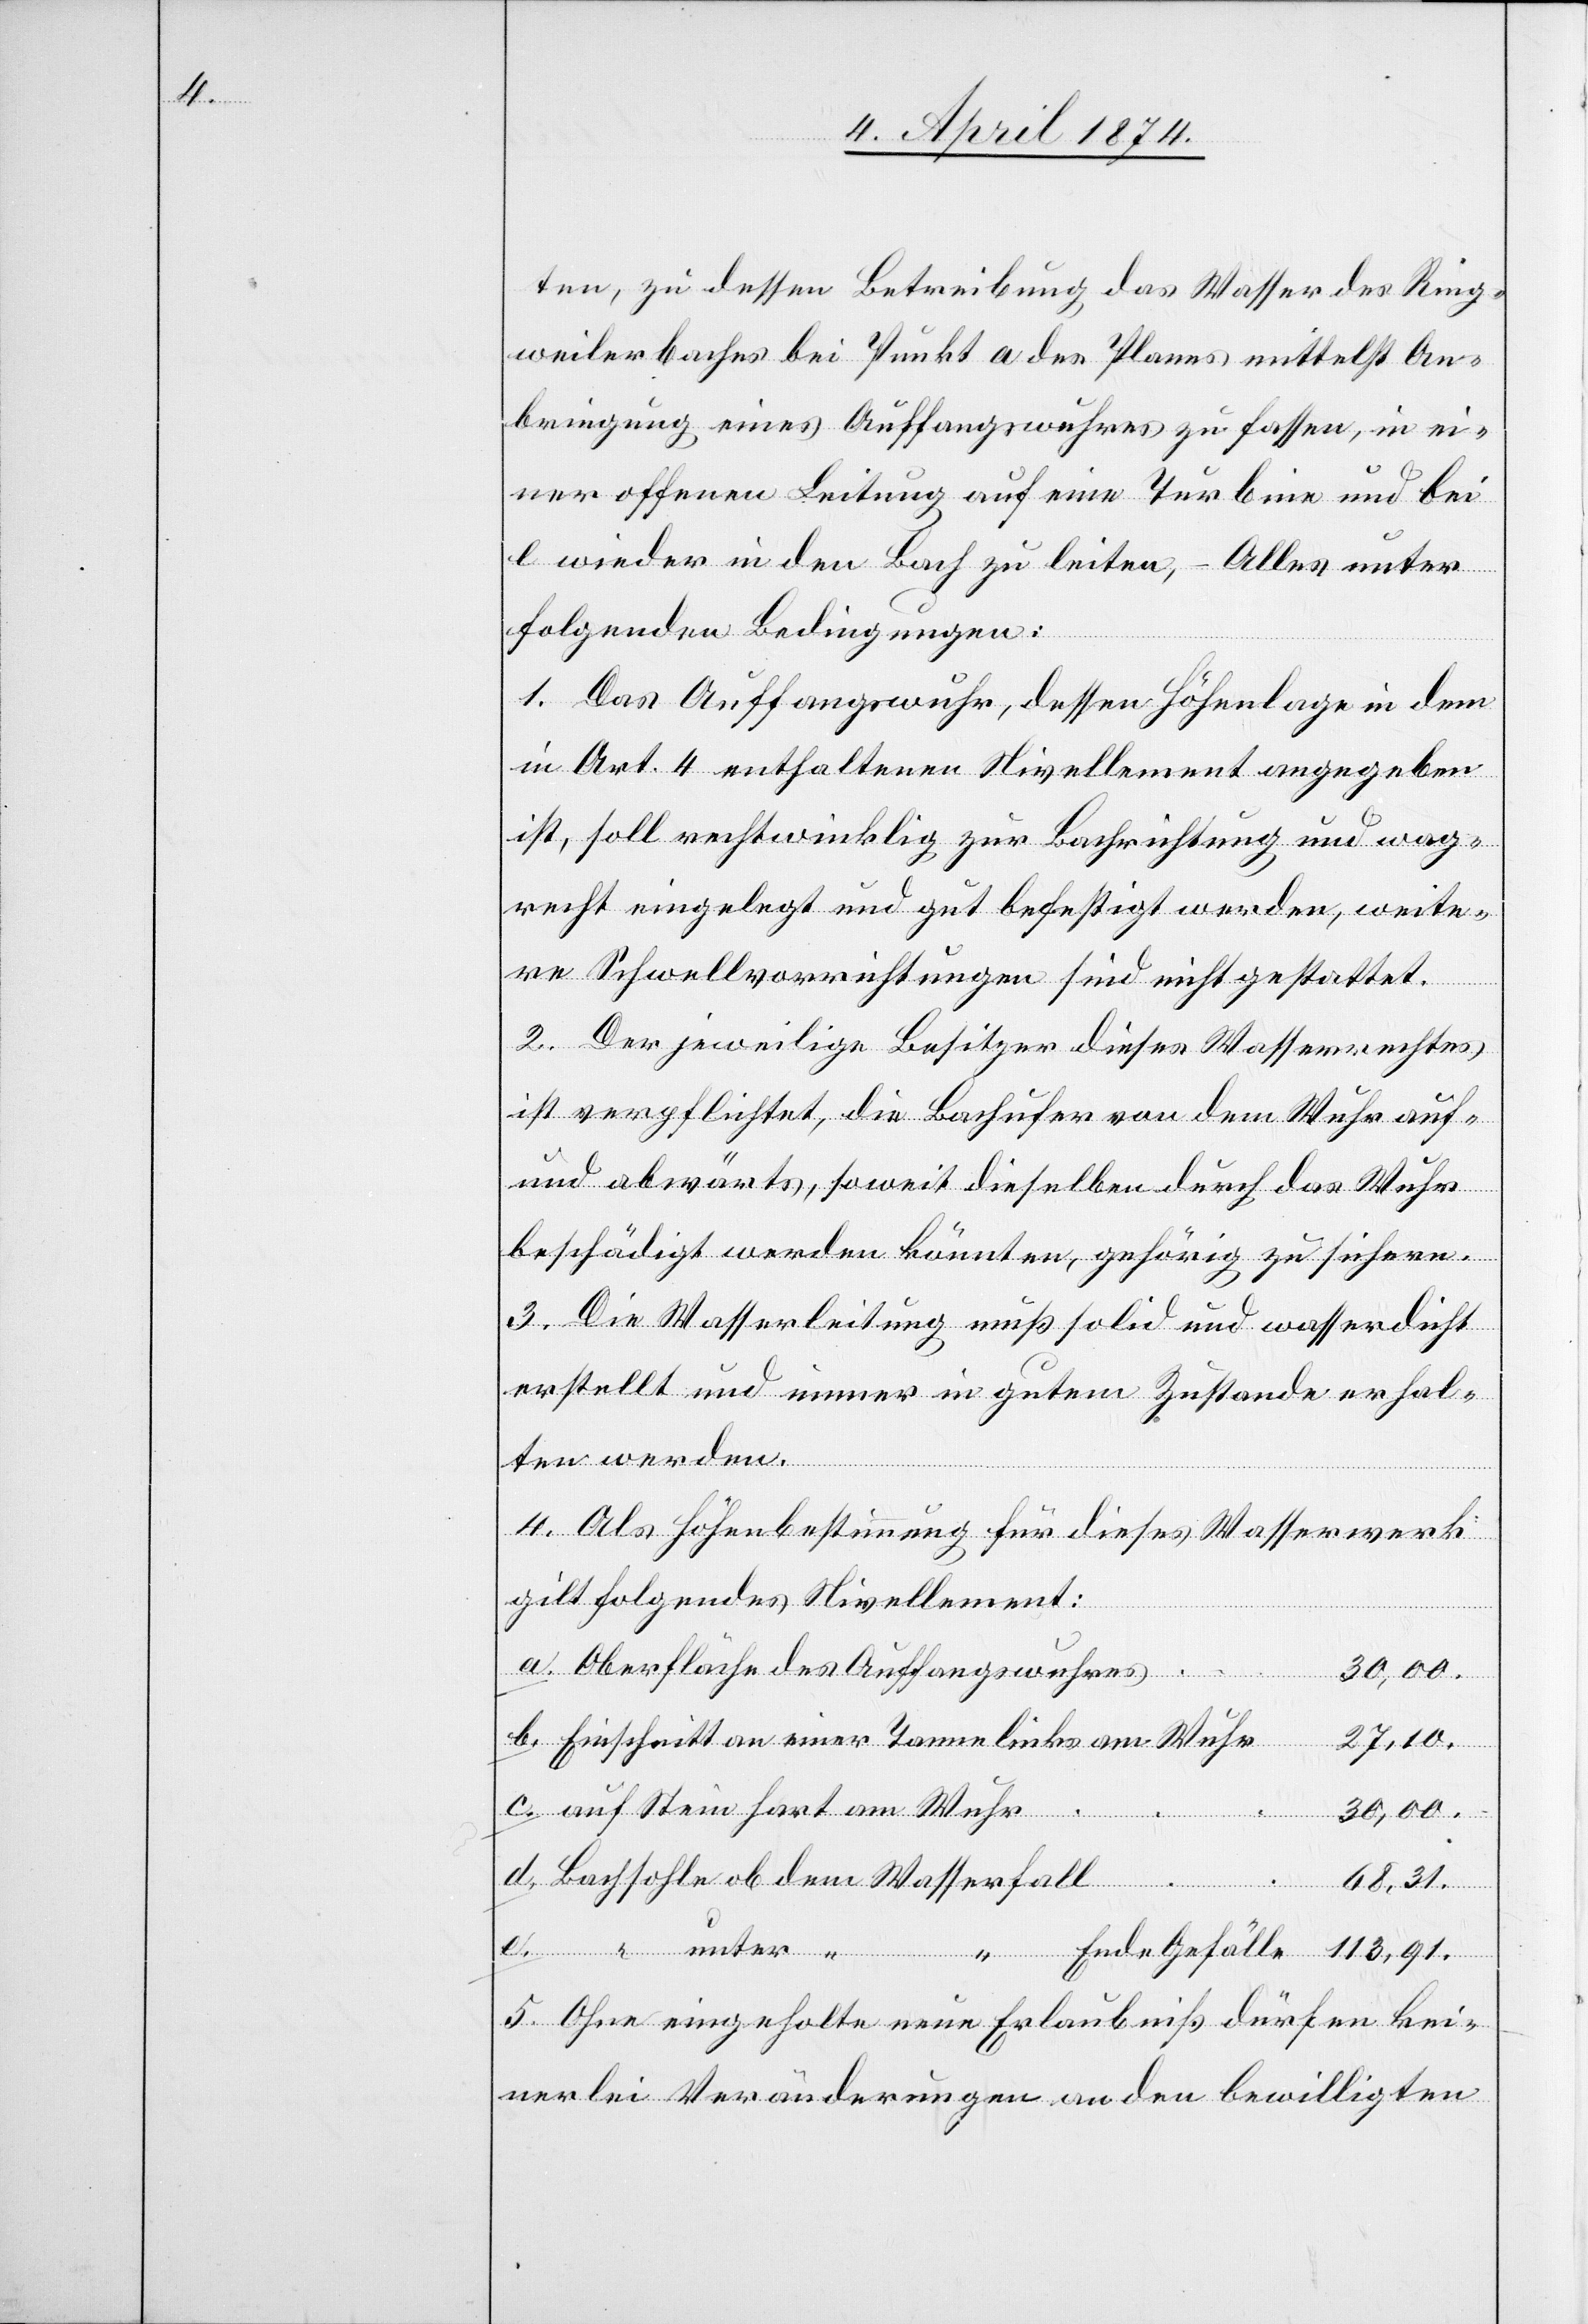
ten, zu dessen Betreibung das Wasser des Ring¬
weilerbaches bei Punkt a des Planes mittelst An¬
bringung eines Auffangswuhres zu fassen, in ei¬
ner offenen Leitung auf eine Turbine und bei
e wieder in den Bach zu leiten, – Alles unter
Ende
folgenden Bedingungen:
1. Das Auffangswuhr, dessen Höhenlage in dem
in Art. 4 enthaltenen Nivellement angegeben
ist, soll rechtwinklig zur Bachrichtung und wa[a]g¬
recht eingelegt und gut befestigt werden, weite¬
re Schwellvorrichtungen sind nicht gestattet.
2. Der jeweilige Besitzer dieses Wasserrechtes
ist verpflichtet, die Bachufer von dem Wuhr auf-
und abwärts, soweit dieselben durch das Wuhr
beschädigt werden könnten, gehörig zu sichern.
3. Die Wasserleitung muß solid und wasserdicht
erstellt und immer in gutem Zustande erhal¬
ten werden.
4. Als Höhenbestimmung für dieses Wasserwerk
gilt folgendes Nivellement:
Oberfläche des Auffangswuhres
30,00.
Einschnitt an einer Tanne links am Wuhr
Gefälle
auf Stein hart am Wuhr
unter
Bachsohle ab dem Wasserfall
68,31.
5. Ohne eingeholte neue Erlaubniß dürfen kei¬
nerlei Veränderungen an den bewilligten